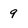
Character: 9